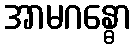
အာမဂန္ဓော